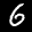
Label: 6